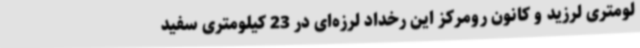
لومتری لرزید و کانون رومرکز این رخداد لرزه‌ای در 23 کیلومتری سفید